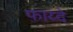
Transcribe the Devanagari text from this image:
फाय्दे